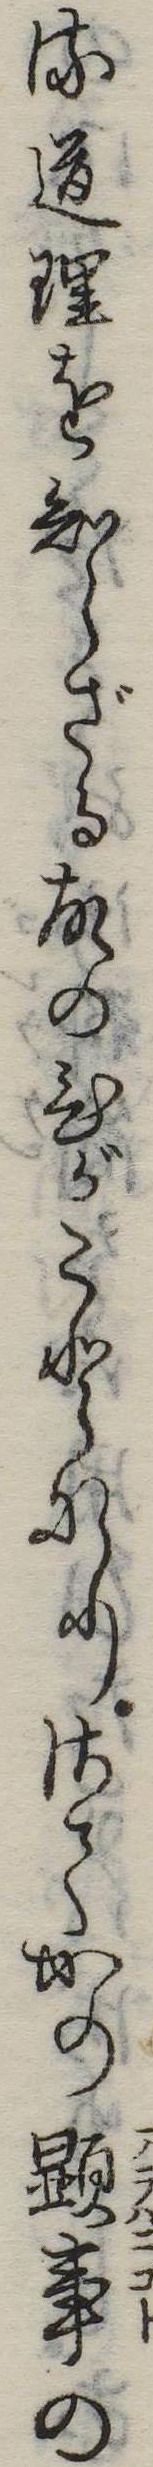
る道理を知らざる故のひがことなりさてかの顕事の